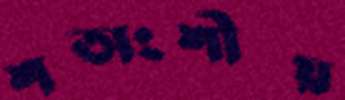
শতাংশীয়